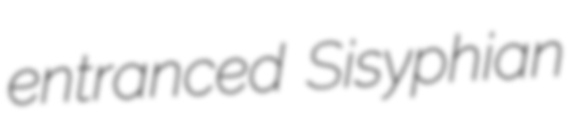
entranced Sisyphian